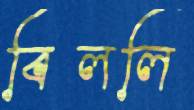
বিললি